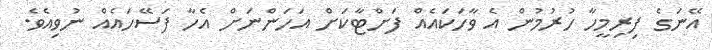
އޭނަގެ ފިރިމީހާ ހުރުމުން އެ ވާހަކައެއް ފަށްޓާކަށް އަހަންނަށް އެހާ ފަސޭހައެއް ނުވިއެވެ.